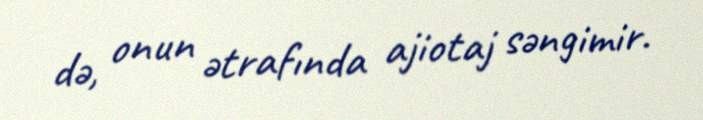
də, onun ətrafında ajiotaj səngimir.